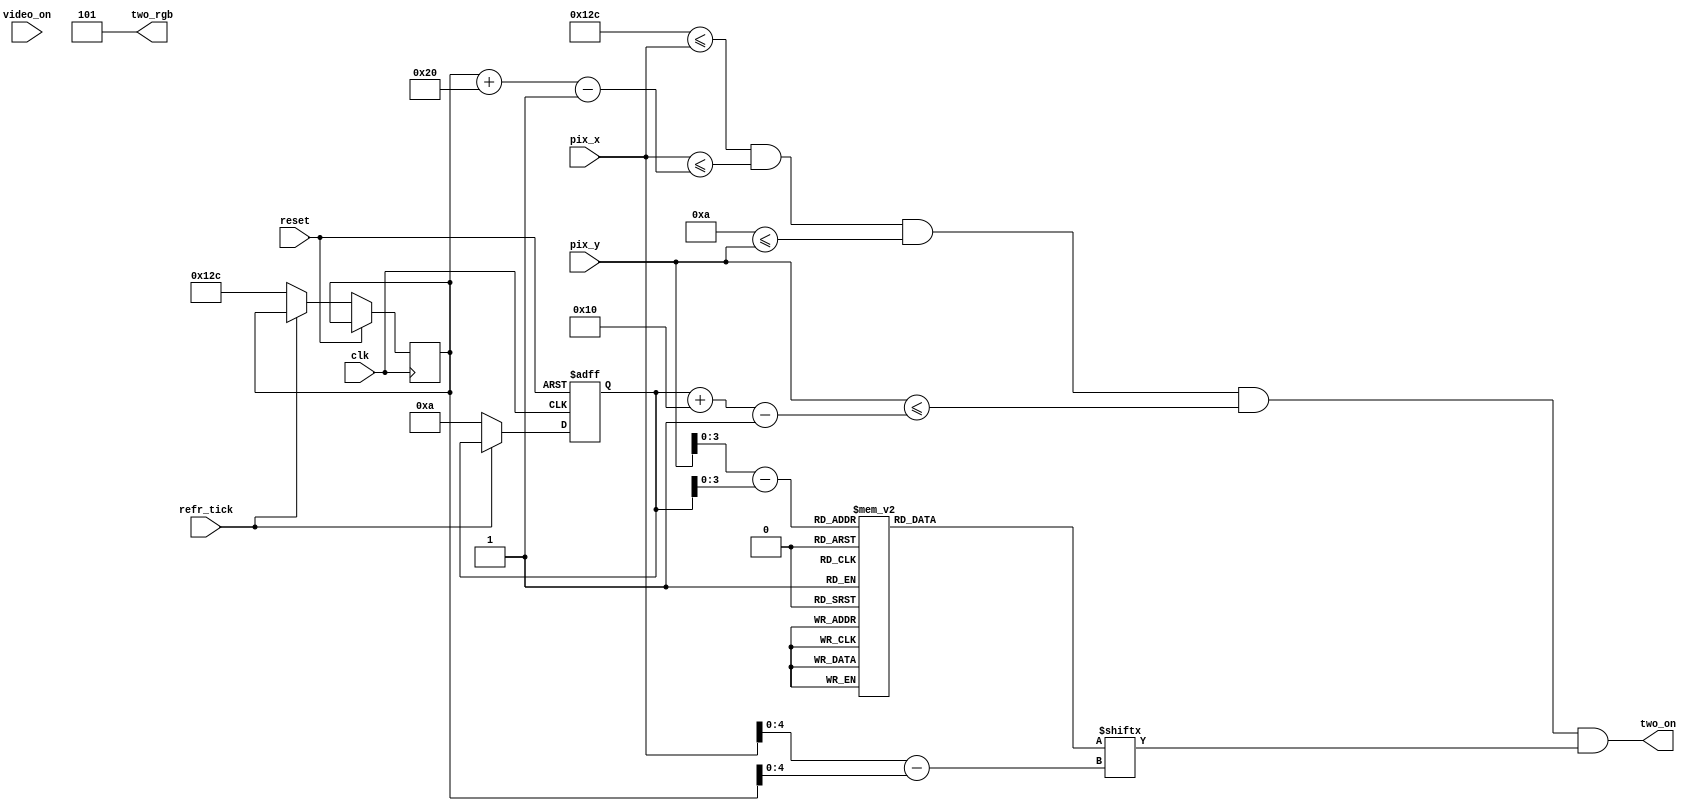
module Two_2(clk, reset,video_on, refr_tick,pix_x,pix_y,two_on,two_rgb);
    input clk, reset;
    input video_on, refr_tick;
    input [9:0] pix_x;
    input [9:0] pix_y;
    output two_on;
    output [2:0] two_rgb;

  
  //--------------------------------------------
   // Two Logo
   //--------------------------------------------
   wire [3:0] Two_rom_addr; 
	wire [4:0] Two_rom_col;
   reg [31:0] Two_rom_data;
   wire Two_rom_bit,Two_Logo_on, Logo_on ;
   //--------------------------------------------
   // Two Logo Positioning
   //--------------------------------------------
   // Logo Position left, Top boundary
   localparam Two_X_L = 300;
	localparam Two_X_R = 331;
   localparam Two_X_T = 10;
	localparam Two_X_B = 25;
   
   localparam Two_Logo_x = 32;
   localparam Two_Logo_y = 16;

	 // Two left, right boundary
   wire [9:0] Two_x_l, Two_x_r;
   // Two top, bottom boundary
   wire [9:0] Two_y_t, Two_y_b;
   // reg to track left, top position
   reg [9:0] Two_x_reg, Two_y_reg;
   wire [9:0] Two_x_next, Two_y_next; 

	// body
   //--------------------------------------------
   // Two Logo
   //--------------------------------------------
   always @*
   case (Two_rom_addr)
      6'h0: Two_rom_data = 32'b00000000000111111110000000000000; //   ****
      6'h1: Two_rom_data = 32'b00000000011111111111100000000000; //  ******
      6'h2: Two_rom_data = 32'b00000001110000000001110000000000; // ********
      6'h3: Two_rom_data = 32'b00000001100000000001110000000000; // ********
      6'h4: Two_rom_data = 32'b0000000000000000001110000000000; // ********
      6'h5: Two_rom_data = 32'b00000000000000000111000000000000; // ********
      6'h6: Two_rom_data = 32'b00000000000000001110000000000000; //  ******
      6'h7: Two_rom_data = 32'b00000000000000011100000000000000; //   ****
	  6'h8: Two_rom_data = 32'b00000000000000111000000000000000; //   ****
      6'h9: Two_rom_data = 32'b00000000000001110000000000000000; //  ******
      6'hA: Two_rom_data = 32'b000000000001110000000000000000000; // ********
      6'hB: Two_rom_data = 32'b00000000001110000000000000000000; // ********
      6'hC: Two_rom_data = 32'b00000000011100000000000000000000; // ********
      6'hD: Two_rom_data = 32'b00000000111000000000000000000000; // ********
      6'hE: Two_rom_data = 32'b00000001111111111111111000000000; //  ******
      6'hF: Two_rom_data = 32'b00000001111111111111111000000000; //   ****

   endcase

    //------------------------------------------
	 // Register for Two logo
	 //------------------------------------------
	  // registers
   always @(posedge clk, posedge reset)
      if (reset)
         begin
           
			Two_y_reg <= 0;
            
         end
      else
         begin
            
		   	Two_x_reg <= Two_x_next;
		   	Two_y_reg <= Two_y_next;
            
         end


	//--------------------------------------------
   // Two Logo
   //--------------------------------------------
   // boundary
   assign Two_x_l = Two_x_reg;
   assign Two_y_t = Two_y_reg;
   assign Two_x_r = Two_x_l + Two_Logo_x - 1;
   assign Two_y_b = Two_y_t + Two_Logo_y - 1;
   // pixel within logo
   assign Logo_on =
            (Two_X_L<=pix_x) && (pix_x<=Two_x_r) &&
            (Two_X_T<=pix_y) && (pix_y<=Two_y_b);

	  //assign Logo_on =
     //       (Two_x_l<=Two_X_L) && (pix_x<=Two_x_r) &&
     //       (Two_y_t<=Two_X_T) && (pix_y<=Two_y_b);
   // map current pixel location to ROM addr/col
   assign Two_rom_addr = pix_y[3:0] - Two_y_t[3:0];
   assign Two_rom_col = pix_x[4:0] - Two_x_l[4:0];
   assign Two_rom_bit = Two_rom_data[Two_rom_col];
   // pixel within logo
   assign two_on = (Logo_on & Two_rom_bit);
   assign two_rgb = 3'b101; 
   
   //  assign Two_x_next = (refr_tick)?  Two_x_reg + 1'b1:Two_x_reg;
   //	 assign Two_y_next = (refr_tick) ? Two_y_reg + 1'b1:Two_y_reg;
   assign Two_x_next = (refr_tick) ?  Two_x_reg: Two_X_L;
   assign Two_y_next = (refr_tick) ? Two_y_reg : Two_X_T ;



endmodule